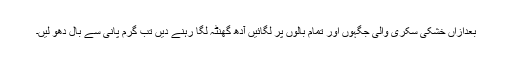
بعدازاں خشکی سکری والی جگہوں اور تمام بالوں پر لگائیں آدھ گھنٹہ لگا رہنے دیں تب گرم پانی سے بال دھو لیں۔